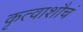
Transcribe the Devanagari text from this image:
कृत्वाशौचं